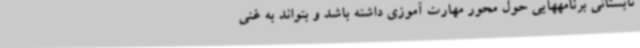
تابستانی برنامههایی حول محور مهارت آموزی داشته باشد و بتواند به غنی